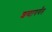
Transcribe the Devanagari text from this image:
शब्दापर्यंत